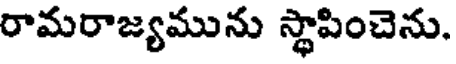
రామరాజ్యమును స్థాపించెను.